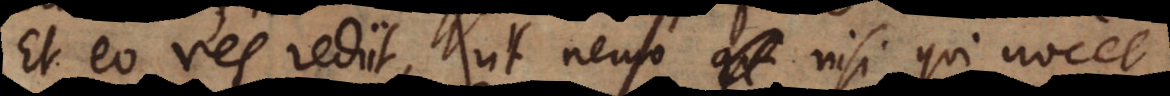
Et eo res rediit, ut nemo nisi qui nocet,